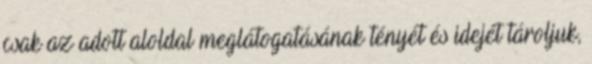
csak az adott aloldal meglátogatásának tényét és idejét tároljuk,